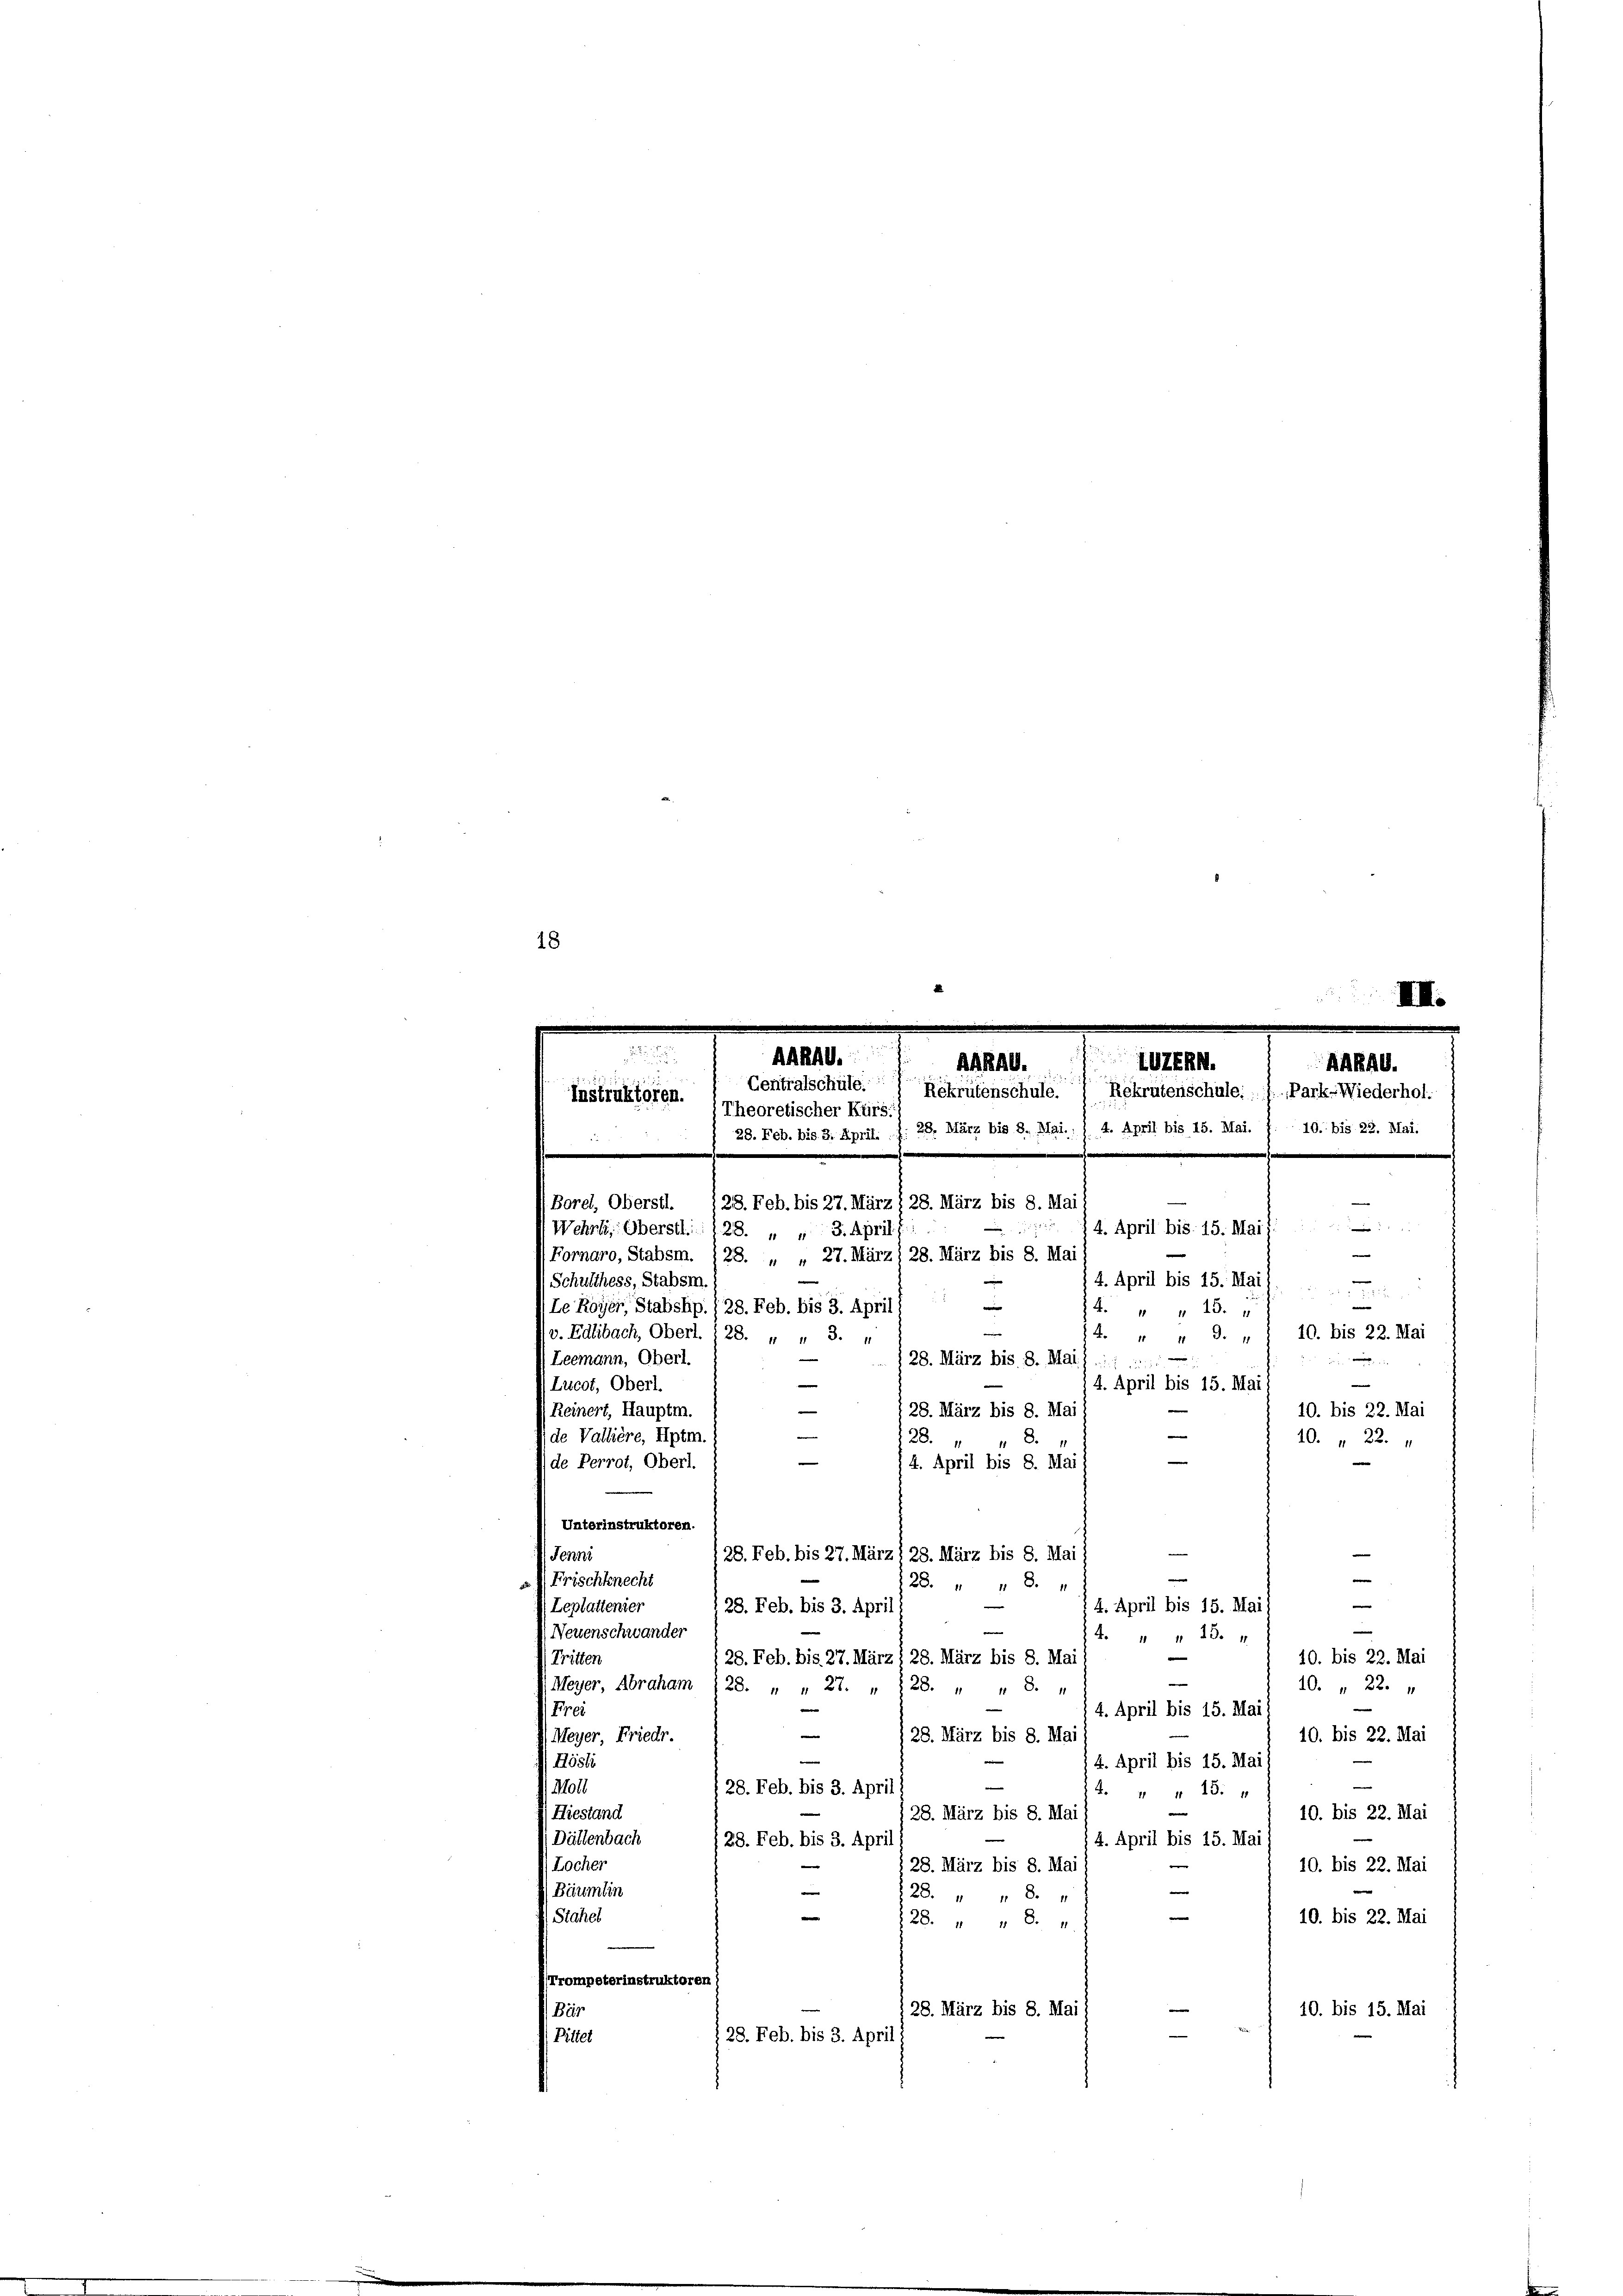
18
III.
AGRAG.
UZERH.
ARRAG.
ARRAG.
Centralschüle.) Eskrutenschule. Rekrutenschule: 1. Park-Wiederhol.
Instruktoren.
Theoretischer Kürs.

28. Feb. bis 3. April. J. 28. März bis 8. Mai. 1 4. April bis 15. Mai. J. 10. bis 22. Mai.

e
(Borel, Oberstl.
28. Feb. bis 27. März § 28. März bis 8. Mai
§ 4. April bis 15. Mai 1
(Wehrli, Oberstl. 128. „ „ 3. April
e
Fornaro, Stabsm. 128. „ „ 27. März) 28. März bis 8. Mai
(Schulthess, Stabsm.

14. April bis 15. Mai
e

Le Royer, Stabshp. / 28. Feb. bis 3. April
K. " " 15.
e
v. Edlibach, Oberl. (28. „ „ 3. „
4. " " 9. „ 10. bis 22. Mai
Leemann, Oberl.

28. März bis 8. Mai
s
.
Lucot, Oberl.
(4. April bis 15. Mai
Reinert, Hauptm.
10. bis 22. Mai
 28. März bis 8. Mai h
e
de Vallière, Hptm
8.
128.
20. 22.
|
de Perrot, Oberl.
4. April bis 8. Mai
Unterinstruktoren.

28. Feb. bis 27. März) 28. März bis 8. Mai
Jenni
|
.  Frischknecht
28 " " 8.

Leplattenier
4. April bis 15. Mai 1
28. Feb. bis 3. April
n
Neuenschwander
4. " " 15. 4
Tritten
(28. Feb. bis 27. März § 28. März bis 8. Mai
10. bis 22. Mai
n
10. 22.
(Meyer, Abraham (28. „ „ 27. „ 128. " " 8. „
Frei
4. April bis 15. Mai
e
(Meyer, Friedr.
10. bis 22. Mai
 28. März bis 8. Mai
e
Hösli
4. April bis 15. Mai
101
28. Feb. bis 3. April)
4. " " 18.
10. bis 22. Mai
28. März bis 8. Mai
Hiestand
Dällenbach
28. Feb. bis 3. April
4. April bis 15. Mai
Locher
10. bis 22. Mai
28. März bis 8. Mai

 Bäumlin
28. " " 8 4
e
e
 Sichel
10. bis 22. Mai
28 " " 8 "
(Trompeterinstruktoren)
10. bis 15. Mai
Bär
28. März bis 8. Mai)
28. Feb. bis 3. April
Bittel